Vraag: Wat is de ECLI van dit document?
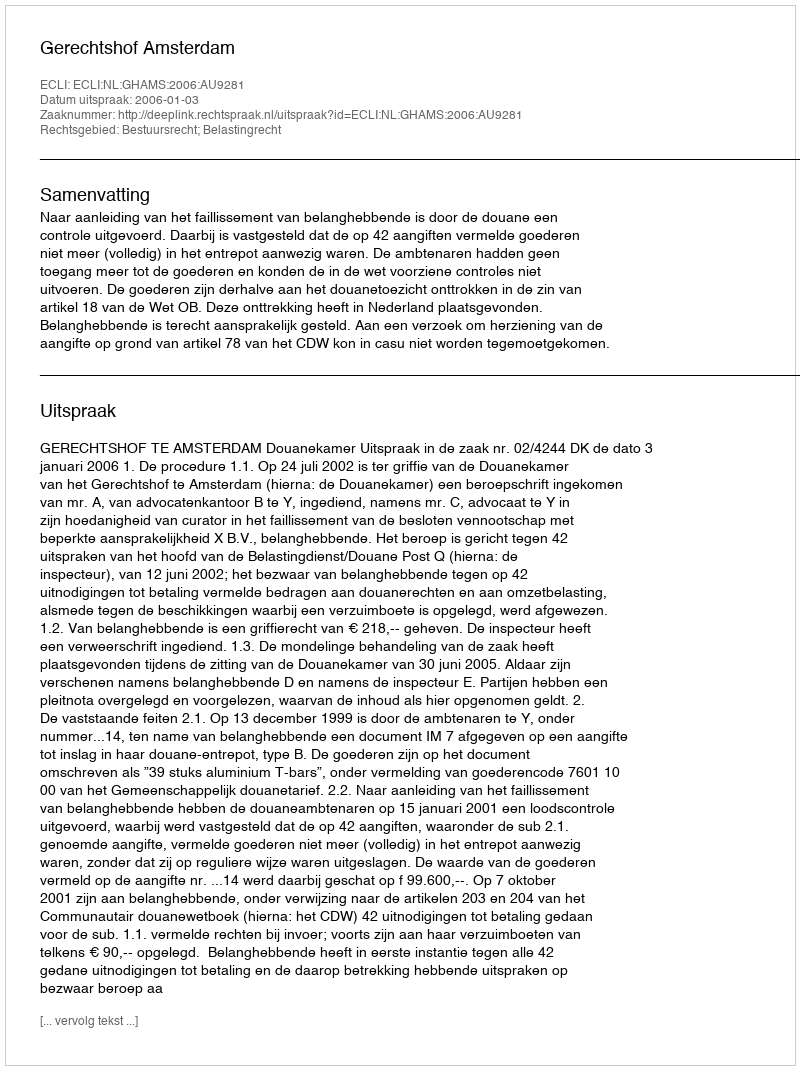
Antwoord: ECLI:NL:GHAMS:2006:AU9281